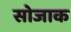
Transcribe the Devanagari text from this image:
सोजाक